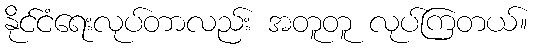
နိုင်ငံရေးလုပ်တာလည်း အတူတူ လုပ်ကြတယ်။